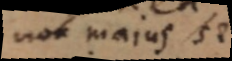
non majus se